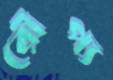
রৌপ্য